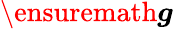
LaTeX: \ensuremath{\boldsymbol{g}}